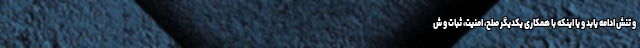
و تنش ادامه یابد و یا اینکه با همکاری یکدیگر صلح، امنیت، ثبات و ش